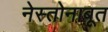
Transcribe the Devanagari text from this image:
नेस्तोनाबूत